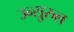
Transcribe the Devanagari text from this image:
उन्सुरुल